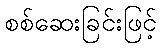
စစ်ဆေးခြင်းဖြင့်